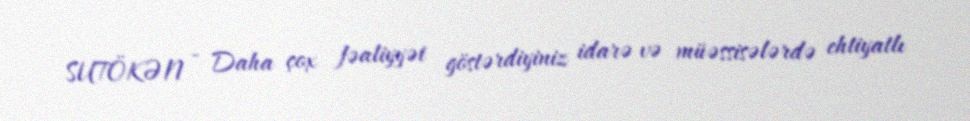
SUTÖKƏN - Daha çox fəaliyyət göstərdiyiniz idarə və müəssisələrdə ehtiyatlı